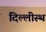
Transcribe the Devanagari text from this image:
दिल्लीस्थ